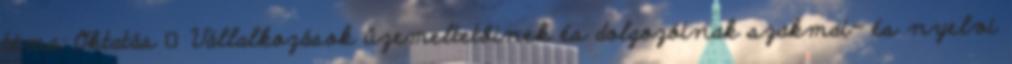
téma: Oktatás ▪Vállalkozások üzemeltetőinek és dolgozóinak szakmai- és nyelvi